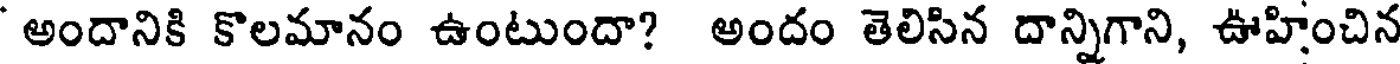
' అందానికి కొలమానం ఉంటుందా? అందం తెలిసిన దాన్నిగాని, ఊహించిన